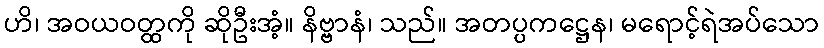
ဟိ၊ အဝယဝတ္ထကို ဆိုဦးအံ့။ နိဗ္ဗာနံ၊ သည်။ အတပ္ပကဋ္ဌေန၊ မရောင့်ရဲအပ်သော